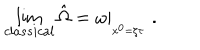
LaTeX: \lim _ { c l a s s i c a l } \hat { \Omega } = \left. \omega \right| _ { _ { x ^ { 0 } = \zeta \tau } } \; .